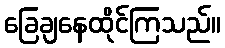
ခြေချနေထိုင်ကြသည်။